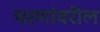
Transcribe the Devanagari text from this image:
चरणांवरील